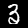
Digit: 3